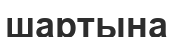
шартына